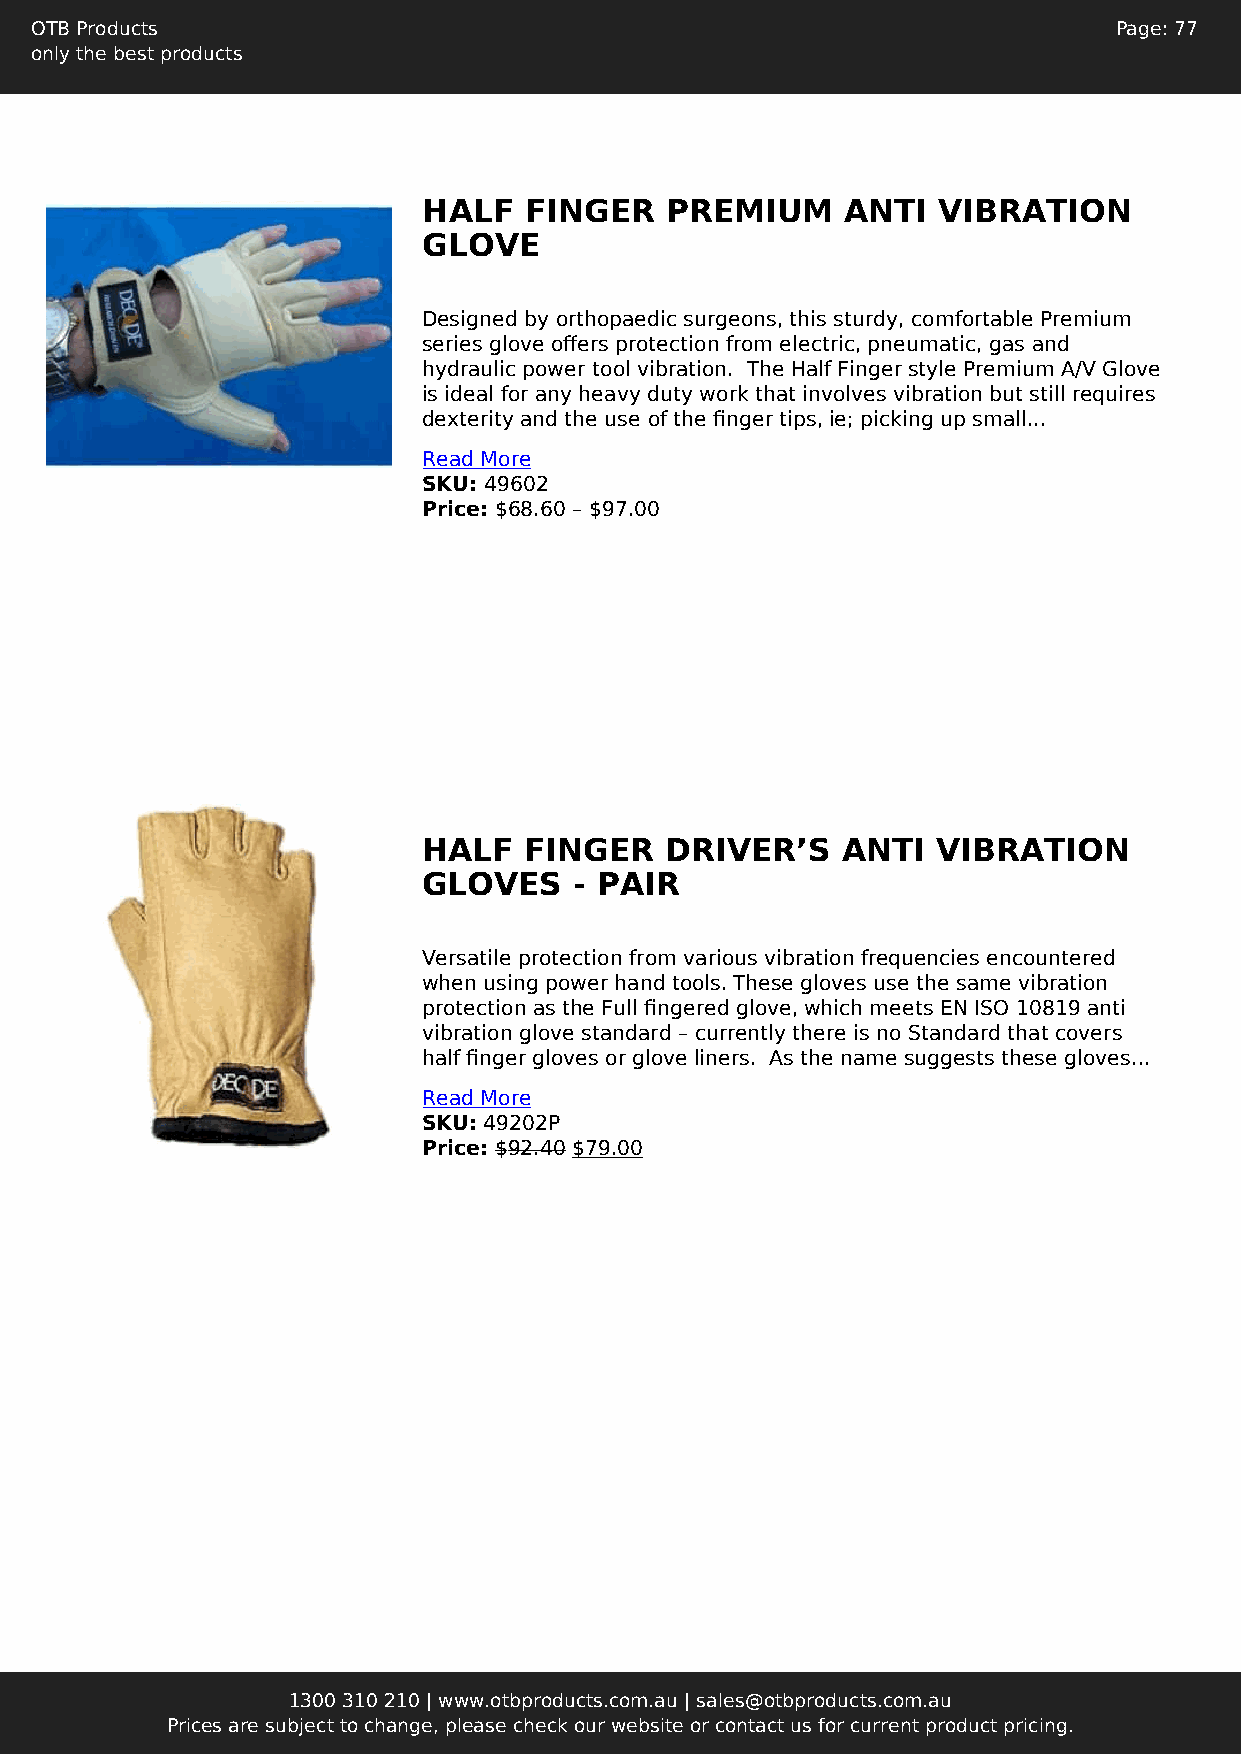
OTB Products                                                            Page: 77
 only the best products
 HALF   FINGER   PREMIUM     ANTI  VIBRATION
 GLOVE
 Designed by orthopaedic surgeons, this sturdy, comfortable Premium
 series glove offers protection from electric, pneumatic, gas and
 hydraulic power tool vibration. The Half Finger style Premium A/V Glove
 is ideal for any heavy duty work that involves vibration but still requires
 dexterity and the use of the finger tips, ie; picking up small...
 Read More
 SKU: 49602
 Price: $68.60 – $97.00
 HALF   FINGER   DRIVER’S    ANTI  VIBRATION
 GLOVES    - PAIR
 Versatile protection from various vibration frequencies encountered
 when using power hand tools. These gloves use the same vibration
 protection as the Full fingered glove, which meets EN ISO 10819 anti
 vibration glove standard – currently there is no Standard that covers
 half finger gloves or glove liners. As the name suggests these gloves...
 Read More
 SKU: 49202P
 Price: $92.40 $79.00
 1300 310 210 | www.otbproducts.com.au | sales@otbproducts.com.au
 Prices are subject to change, please check our website or contact us for current product pricing.